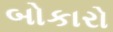
બોકારો